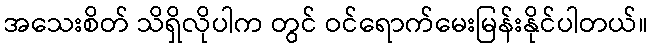
အသေးစိတ် သိရှိလိုပါက တွင် ဝင်ရောက်မေးမြန်းနိုင်ပါတယ်။